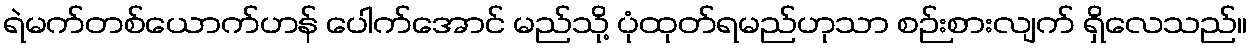
ရဲမက်တစ်ယောက်ဟန် ပေါက်အောင် မည်သို့ ပုံထုတ်ရမည်ဟုသာ စဉ်းစားလျက် ရှိလေသည်။